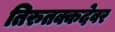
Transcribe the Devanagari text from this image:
तिरुतक्कदेवर